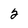
Character: 2